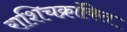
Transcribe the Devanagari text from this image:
राशिचक्रांकित